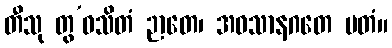
တီသု တွ’ဝသိတံ ဉာတေ၊ အဝသာနဂတေ မတံ။